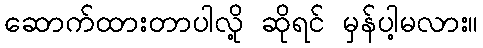
ဆောက်ထားတာပါလို့ ဆိုရင် မှန်ပါ့မလား။